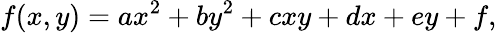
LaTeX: f(x,y)=ax^{2}+by^{2}+cxy+dx+ey+f,\,